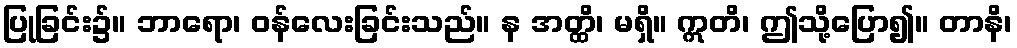
ပြုခြင်း၌။ ဘာရော၊ ဝန်လေးခြင်းသည်။ န အတ္ထိ၊ မရှိ။ ဣတိ၊ ဤသို့ပြော၍။ တာနိ၊